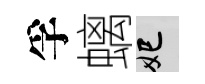
孚螭妃